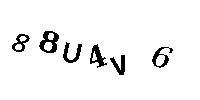
88U4V6